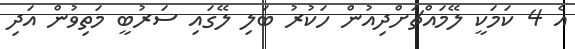
އެ 4 ކަމަކީ ލޭމައްޗަށްދިއުން ހަކުރު ބަލި ލޭގައި ސަރުބީ މަތިވުން އަދި